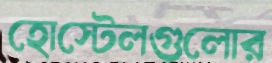
হোস্টেলগুলোর